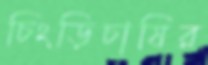
চিংড়িচাষির